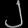
Digit: ၂